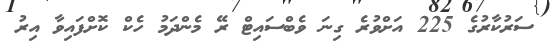
ސަރުކާރުގެ 225 އަށްވުރެ ގިނަ ވެބްސައިޓް ރޭ މެންދަމު ހެކް ކޮށްފައިވާ އިރު